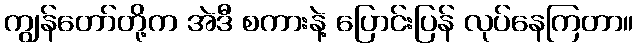
ကျွန်တော်တို့က အဲဒီ စကားနဲ့ ပြောင်းပြန် လုပ်နေကြတာ။